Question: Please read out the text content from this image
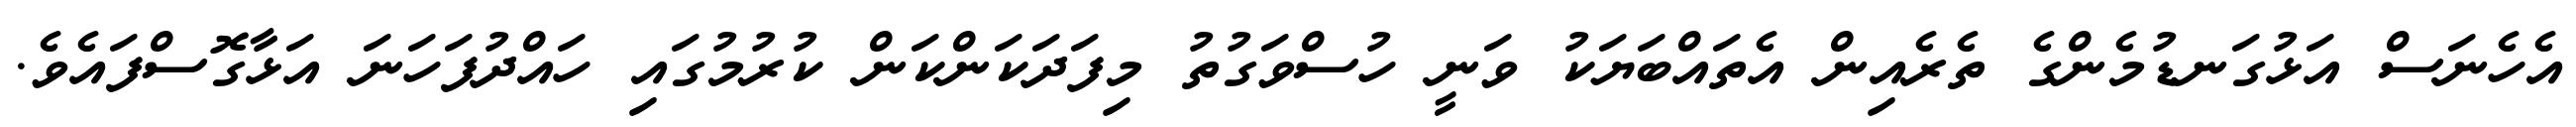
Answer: އެހެނަސް އަޅުގަނޑުމެންގެ ތެރެއިން އެތައްބަޔަކު ވަނީ ހުސްވަގުތު މިފަދަކަންކަން ކުރުމުގައި ހައްދުފަހަނަ އަޅާގޮސްފައެވެ.